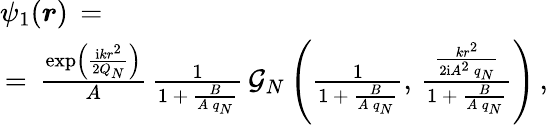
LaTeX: \begin{array}{l}{\displaystyle\psi_{1}(\boldsymbol{r})\, =\, }\\ {\, =\, \frac{\exp\left(\frac{\mathrm{i}kr^{2}}{2Q_{N}}\right)}A\, \frac{1}{1\, +\, \frac{B}{A\, q_{N}}}\, \mathcal{G}_{N}\left(\frac{1}{1\, +\, \frac{B}{A\, q_{N}}},\, \frac{\frac{kr^{2}}{2\mathrm{i}A^{2}\, q_{N}}}{1\, +\, \frac{B}{A\, q_{N}}}\right)\, ,}\end{array}